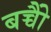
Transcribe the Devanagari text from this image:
बच्चोेैं